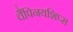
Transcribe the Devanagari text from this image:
चैंपिनयशिप्स